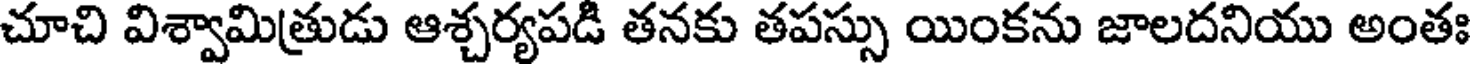
చూచి విశ్వామిత్రుడు ఆశ్చర్యపడి తనకు తపస్సు యింకను జాలదనియు అంతః